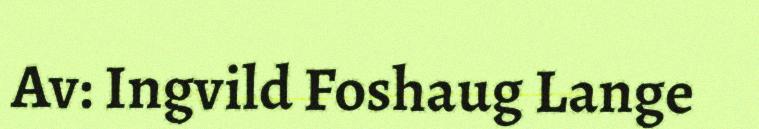
Av: Ingvild Foshaug Lange